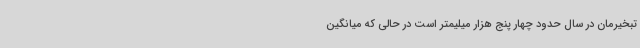
تبخیرمان در سال حدود چهار پنج هزار میلیمتر است در حالی که میانگین